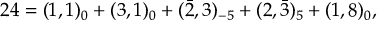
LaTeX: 2 4 = ( 1 , 1 ) _ { 0 } + ( 3 , 1 ) _ { 0 } + ( \bar { 2 } , 3 ) _ { - 5 } + ( 2 , \bar { 3 } ) _ { 5 } + ( 1 , 8 ) _ { 0 } ,